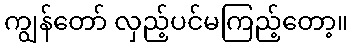
ကျွန်တော် လှည့်ပင်မကြည့်တော့။